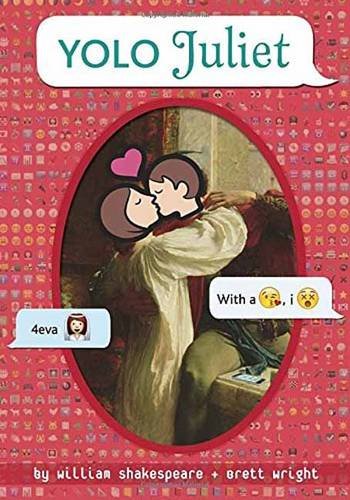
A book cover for YOLO Juliet (OMG Shakespeare); William Shakespeare; Teen & Young Adult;